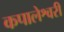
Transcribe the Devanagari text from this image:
कपालेश्वरी